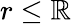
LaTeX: r\leq\mathbb{R}